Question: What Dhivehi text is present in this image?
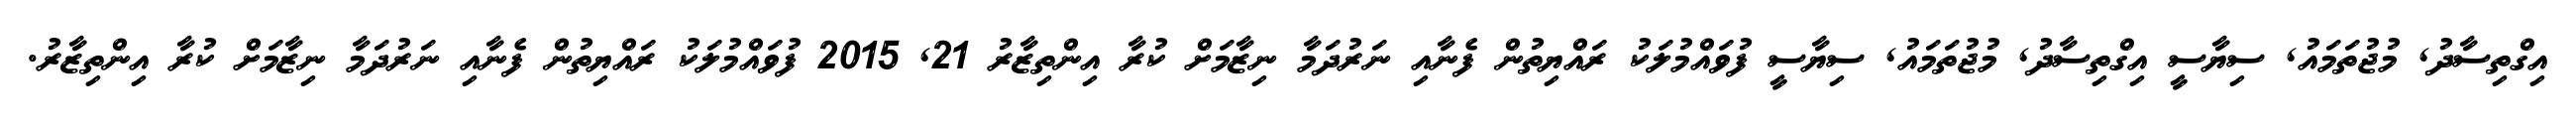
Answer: އިގްތިސާދު, މުޖުތަމައު, ސިޔާސީ އިގްތިސާދު, މުޖުތަމައު, ސިޔާސީ ފުވައްމުލަކު ރައްޔިތުން ފެނާއި ނަރުދަމާ ނިޒާމަށް ކުރާ އިންތިޒާރު 21, 2015 ފުވައްމުލަކު ރައްޔިތުން ފެނާއި ނަރުދަމާ ނިޒާމަށް ކުރާ އިންތިޒާރު.